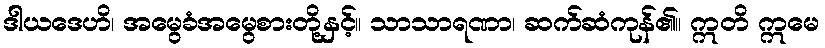
ဒါယဒေဟိ၊ အမွေခံအမွေစားတို့နှင့်။ သာသာရဏာ၊ ဆက်ဆံကုန်၏။ ဣတိ ဣမေ